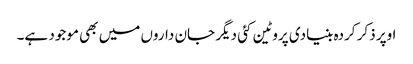
اوپر ذکر کردہ بنیادی پروٹین کئی دیگر جان داروں میں بھی موجود ہے۔